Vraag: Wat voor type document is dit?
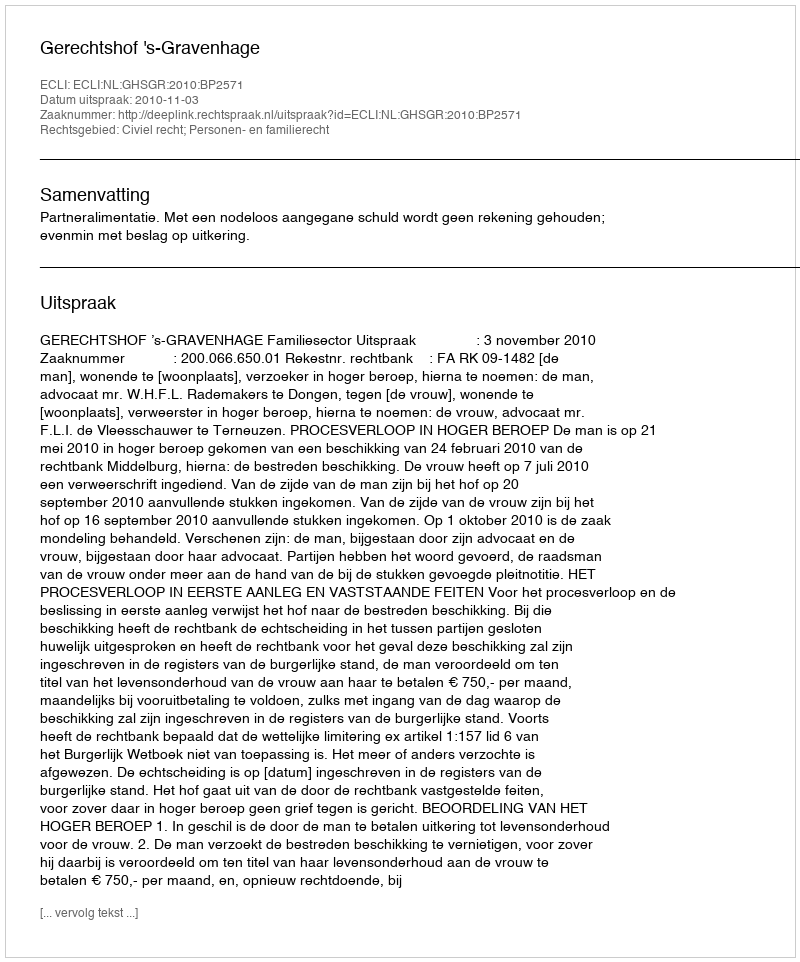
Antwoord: Uitspraak